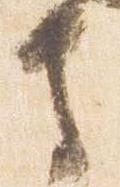
寺